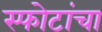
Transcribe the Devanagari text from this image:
स्फोटांचा